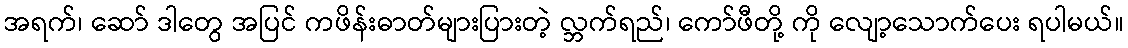
အရက်၊ ဆော် ဒါတွေ အပြင် ကဖိန်းဓာတ်များပြားတဲ့ လ္ဘက်ရည်၊ ကော်ဖီတို့ ကို လျော့သောက်ပေး ရပါမယ်။